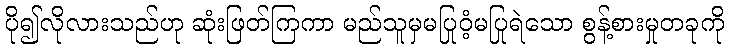
ပို၍လိုလားသည်ဟု ဆုံးဖြတ်ကြကာ မည်သူမှမပြုဝံ့မပြုရဲသော စွန့်စားမှုတခုကို